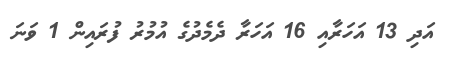
އަދި 13 އަހަރާއި 16 އަހަރާ ދެމެދުގެ އުމުރު ފުރައިން 1 ވަނަ